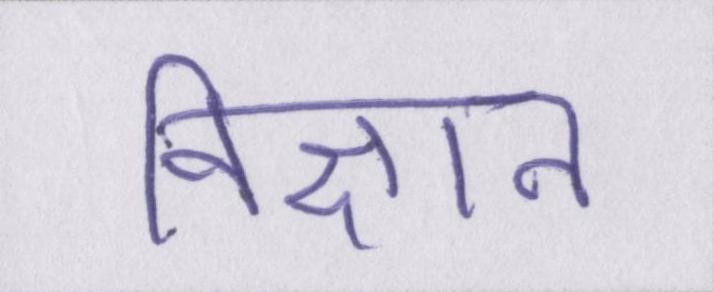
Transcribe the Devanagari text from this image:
विज्ञान